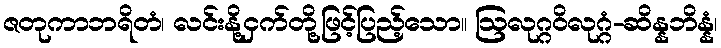
ဇတုကာဘရိတံ၊ လင်းနို့ငှက်တို့ဖြင့်ပြည့်သော။ ဩလုဂ္ဂဝိလုဂ္ဂံ-ဆိန္နဘိန္နံ၊